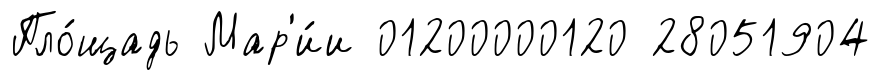
Пло́щадь Мар'и́и 01200000120 28051904